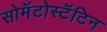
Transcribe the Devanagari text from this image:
सोमॅटोस्टॅटिन